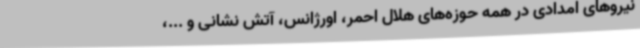
نیروهای امدادی در همه حوزه‌های هلال احمر، اورژانس، آتش نشانی و ...،